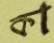
কা